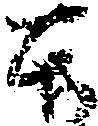
本